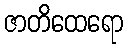
ဇာတိထေရော